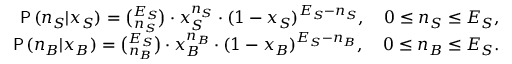
\begin{array} { r l r } & { } & { \mathsf { P } \, ( n _ { S } | x _ { S } ) = { \binom { E _ { S } } { n _ { S } } } \cdot x _ { S } ^ { n _ { S } } \cdot ( 1 - x _ { S } ) ^ { E _ { S } - n _ { S } } , \quad 0 \leq n _ { S } \leq E _ { S } , } \\ & { } & { \mathsf { P } \, ( n _ { B } | x _ { B } ) = { \binom { E _ { S } } { n _ { B } } } \cdot x _ { B } ^ { n _ { B } } \cdot ( 1 - x _ { B } ) ^ { E _ { S } - n _ { B } } , \quad 0 \leq n _ { B } \leq E _ { S } . } \end{array}